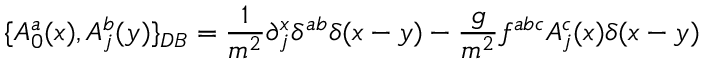
\{ A _ { 0 } ^ { a } ( x ) , A _ { j } ^ { b } ( y ) \} _ { D B } = \frac { 1 } { m ^ { 2 } } \partial _ { j } ^ { x } \delta ^ { a b } \delta ( x - y ) - \frac { g } { m ^ { 2 } } f ^ { a b c } A _ { j } ^ { c } ( x ) \delta ( x - y ) \nonumber